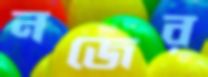
নজের